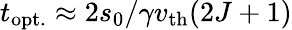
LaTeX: t_{\mathrm{opt.}}\approx 2s_{0}/\gamma v_{\mathrm{th}}(2J+1)